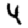
Digit: 4